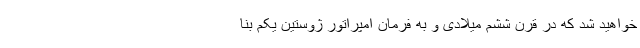
خواهید شد که در قرن ششم میلادی و به فرمان امپراتور ژوستین یکم بنا